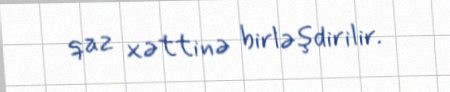
qaz xəttinə birləşdirilir.